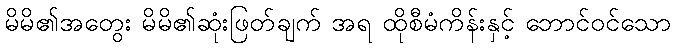
မိမိ၏အတွေး မိမိ၏ဆုံးဖြတ်ချက် အရ ထိုစီမံကိန်းနှင့် ဘောင်ဝင်သော